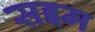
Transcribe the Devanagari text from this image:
सइम